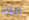
الثائر